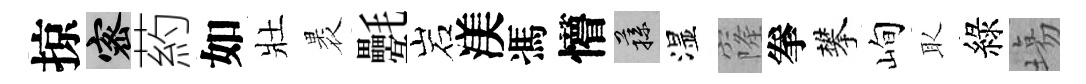
掠密葯如壯褁氎岩渼馮懵蓀湿窿拳攀峋取綠塲